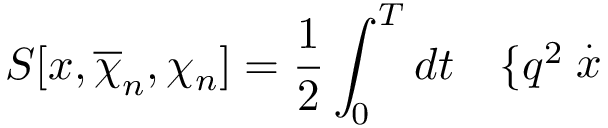
S [ x , \overline { { { \chi } } } _ { n } , \chi _ { n } ] = \frac 1 2 \int _ { 0 } ^ { T } d t \quad \{ q ^ { 2 } \stackrel { . } { x }